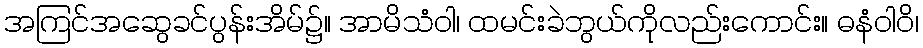
အကြင်အဆွေခင်ပွန်းအိမ်၌။ အာမိသံဝါ၊ ထမင်းခဲဘွယ်ကိုလည်းကောင်း။ ဓနံဝါဝိ၊